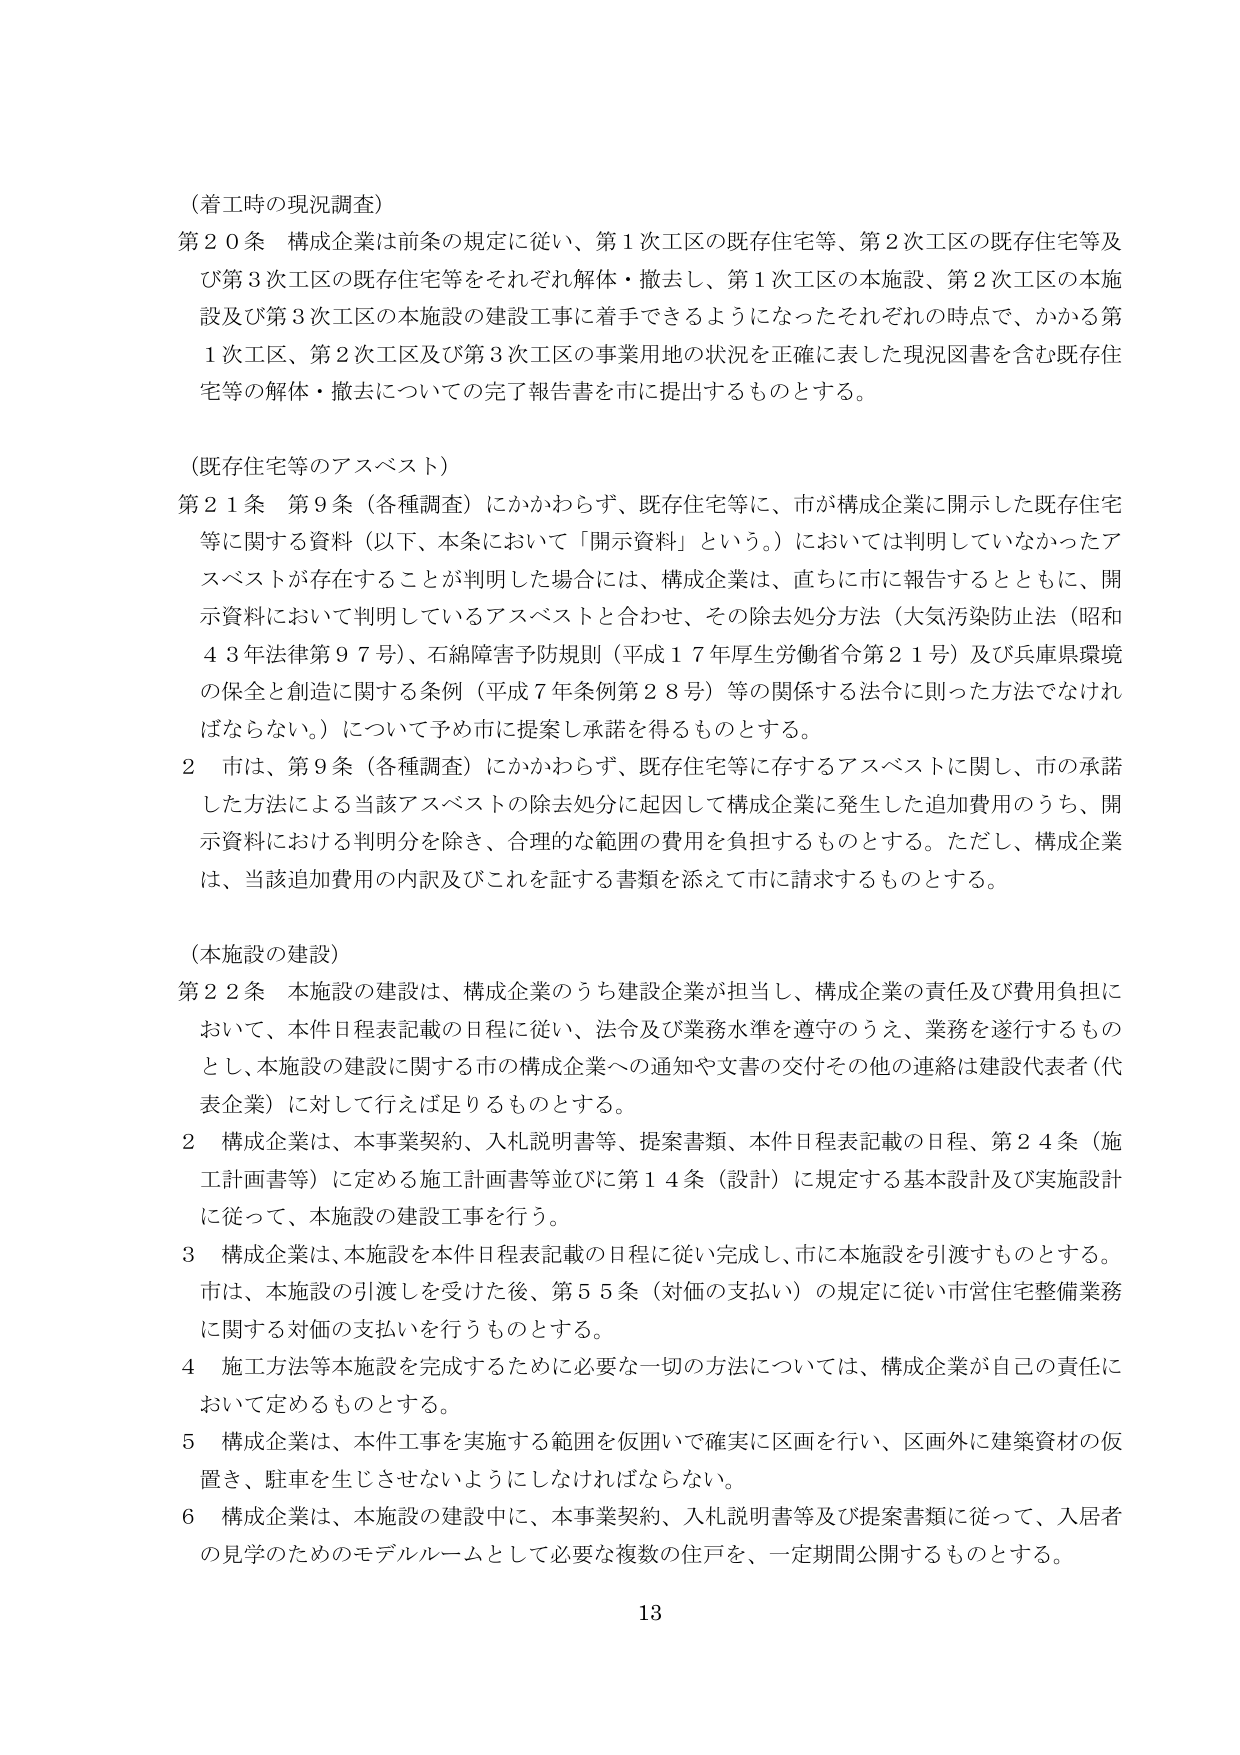
（着工時の現況調査）
第２０条 構成企業は前条の規定に従い、第１次工区の既存住宅等、第２次工区の既存住宅等及び第３次工区の既存住宅等をそれぞれ解体・撤去し、第１次工区の本施設、第２次工区の本施設及び第３次工区の本施設の建設工事に着手できるようになったそれぞれの時点で、かかる第１次工区、第２次工区及び第３次工区の事業用地の状況を正確に表した現況図書を含む既存住宅等の解体・撤去についての完了報告書を市に提出するものとする。

（既存住宅等のアスベスト）
第２１条 第９条（各種調査）にかかわらず、既存住宅等に、市が構成企業に開示した既存住宅等に関する資料（以下、本条において「開示資料」という。）においては判明していなかったアスベストが存在することが判明した場合には、構成企業は、直ちに市に報告するとともに、開示資料において判明しているアスベストと合わせ、その除去処分方法（大気汚染防止法（昭和４３年法律第９７号）、石綿障害予防規則（平成１７年厚生労働省令第２１号）及び兵庫県環境の保全と創造に関する条例（平成７年条例第２８号）等の関係する法令に則った方法でなければならない。）について予め市に提案し承諾を得るものとする。
２ 市は、第９条（各種調査）にかかわらず、既存住宅等に存するアスベストに関し、市の承諾した方法による当該アスベストの除去処分に起因して構成企業に発生した追加費用のうち、開示資料における判明分を除き、合理的な範囲の費用を負担するものとする。ただし、構成企業は、当該追加費用の内訳及びこれを証する書類を添えて市に請求するものとする。

（本施設の建設）
第２２条 本施設の建設は、構成企業のうち建設企業が担当し、構成企業の責任及び費用負担において、本件日程表記載の日程に従い、法令及び業務水準を遵守のうえ、業務を遂行するものとし、本施設の建設に関する市の構成企業への通知や文書の交付その他の連絡は建設代表者（代表企業）に対して行えば足りるものとする。
２ 構成企業は、本事業契約、入札説明書等、提案書類、本件日程表記載の日程、第２４条（施工計画書等）に定める施工計画書等並びに第１４条（設計）に規定する基本設計及び実施設計に従って、本施設の建設工事を行う。
３ 構成企業は、本施設を本件日程表記載の日程に従い完成し、市に本施設を引渡すものとする。市は、本施設の引渡しを受けた後、第５５条（対価の支払い）の規定に従い市営住宅整備業務に関する対価の支払いを行うものとする。
４ 施工方法等本施設を完成するために必要な一切の方法については、構成企業が自己の責任において定めるものとする。
５ 構成企業は、本件工事を実施する範囲を仮囲いで確実に区画を行い、区画外に建築資材の仮置き、駐車を生じさせないようにしなければならない。
６ 構成企業は、本施設の建設中に、本事業契約、入札説明書等及び提案書類に従って、入居者の見学のためのモデルルームとして必要な複数の住戸を、一定期間公開するものとする。

13